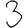
Digit: 3